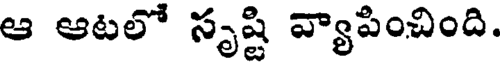
ఆ ఆటలో సృష్టి వ్యాపించింది.